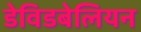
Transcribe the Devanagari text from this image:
डेविडबेलियन